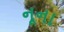
નૂના